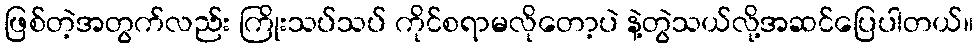
ဖြစ်တဲ့အတွက်လည်း ကြိုးသပ်သပ် ကိုင်စရာမလိုတော့ပဲ နဲ့တွဲသယ်လို့အဆင်ပြေပါတယ်။